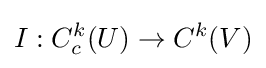
I:C_{c}^{k}(U)\to C^{k}(V)